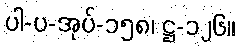
ပါ-ပ-အုပ်-၁၅၈၊ ဋ္ဌ-၁၂၆။